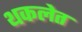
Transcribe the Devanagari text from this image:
थकलेत